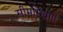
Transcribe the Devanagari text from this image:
सीमारेखाएं